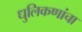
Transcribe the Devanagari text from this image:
धुलिकणांचा